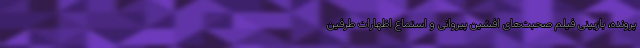
پرونده، بازبینی فیلم صحبت‌های افشین پیروانی و استماع اظهارات طرفین